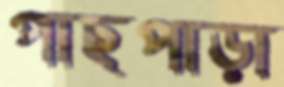
পাছপাড়া